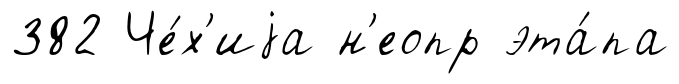
382 Че́х'иjа н'еопр эта́па